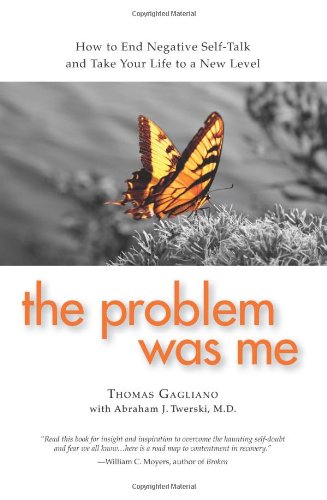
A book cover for The Problem Was Me: How to End Negative Self-Talk and Take Your Life to a New Level; Thomas Gagliano; Self-Help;